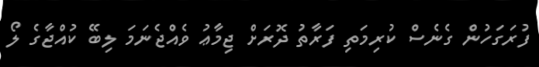
ފުރަގަހުން ގެނެސް ކުރިމަތި ފަރާތު ދޮރަށް ޖިމާޢު ވެއްޖެނަމަ ލިބޭ ކުއްޖާގެ ލޯ